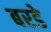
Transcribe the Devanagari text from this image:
बरडे